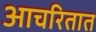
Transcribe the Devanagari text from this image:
आचरितात